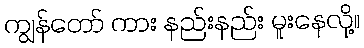
ကျွန်တော် ကား နည်းနည်း မူးနေလို့။